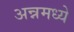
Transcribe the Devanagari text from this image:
अन्नमध्ये